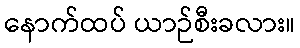
နောက်ထပ် ယာဉ်စီးခလား။